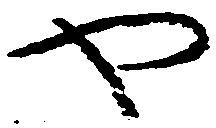
や